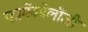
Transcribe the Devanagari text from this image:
फार्मेकोलॉजी